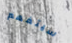
سيتفهم